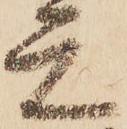
元